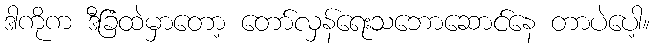
ဒါကိုက ဒီခြံထဲမှာတော့ တော်လှန်ရေးသဘောဆောင်နေ တာပဲပေါ့။